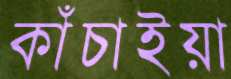
কাঁচাইয়া